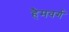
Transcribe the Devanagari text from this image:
हैमवर्ग